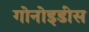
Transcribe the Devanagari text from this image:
गोनोइडीस